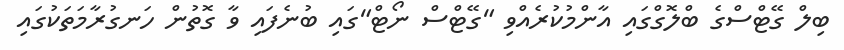
ބިލް ގޭޓްސްގެ ބްލޮގްގައި އާންމުކުރެއްވި "ގޭޓްސް ނޯޓް"ގައި ބުނެފައި ވާ ގޮތުން ހަނގުރާމަތަކުގައި